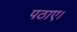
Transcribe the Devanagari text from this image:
पठाए।